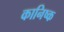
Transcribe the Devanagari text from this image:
कानिष्क